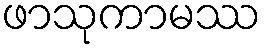
ဖာသုကာမဿ